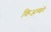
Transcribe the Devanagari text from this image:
किअम्बरे